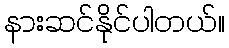
နားဆင်နိုင်ပါတယ်။